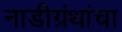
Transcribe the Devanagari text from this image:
नाडीग्रंथांचा